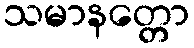
သမာနတ္တော